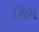
થિમ